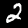
Digit: 2